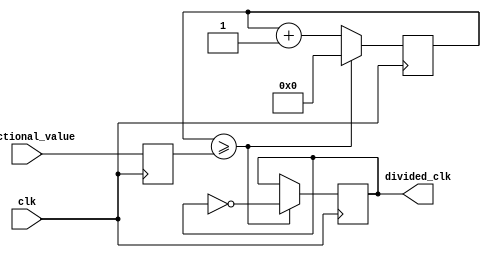
module fractional_clock_divider (
    input clk,
    input [7:0] fractional_value,
    output reg divided_clk
);

reg [15:0] counter;
reg [7:0] count_threshold;

always @ (posedge clk) begin
    if (counter >= count_threshold) begin
        divided_clk <= ~divided_clk;
        counter <= 0;
    end else begin
        counter <= counter + 1;
    end
end

always @ (posedge clk) begin
    count_threshold <= fractional_value;
end

endmodule